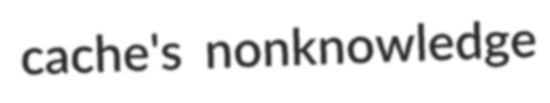
cache's nonknowledge